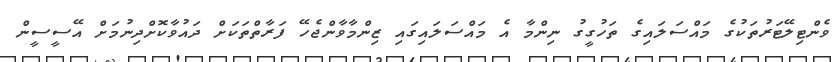
ވެންޓިލޭޓަރުތަކުގެ މައްސަލައިގެ ތަހުގީގު ނިންމާ އެ މައްސަލައިގައި ޒިންމާވާންޖެހޭ ފަރާތްތަކަށް ދައުވާކޮށްދިނުމަށް އޭސީސީން